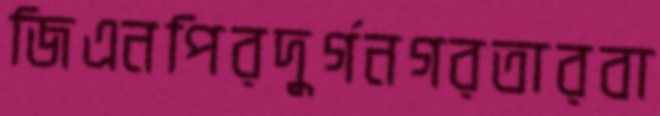
জিএনপিরদুর্গনগরতারবা